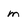
Character: m